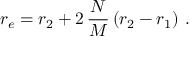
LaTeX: r _ { e } = r _ { 2 } + 2 \, \frac { N } { M } \left( r _ { 2 } - r _ { 1 } \right) \, .